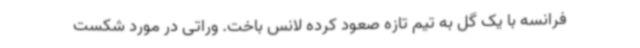
فرانسه با یک گل به تیم تازه صعود کرده لانس باخت. وراتی در مورد شکست